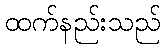
ထက်နည်းသည်